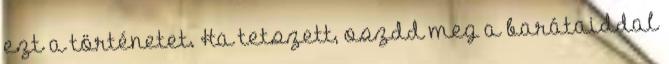
ezt a történetet. Ha tetszett, oszdd meg a barátaiddal